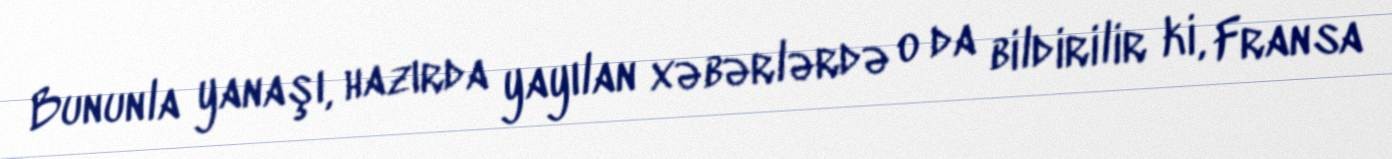
Bununla yanaşı, hazırda yayılan xəbərlərdə o da bildirilir ki, Fransa